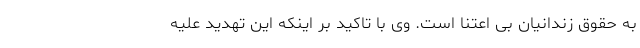
به حقوق زندانیان بی اعتنا است. وی با تاکید بر اینکه این تهدید علیه